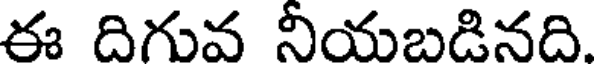
ఈ దిగువ నీయబడినది.